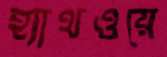
হ্যাথওয়ে